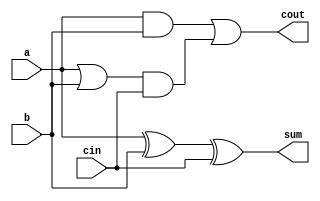
module cla_1bit(a, b, cin, sum, cout);
	input a, b;
	// c0, c
	input cin;
	output sum;
	output cout;
	
	wire temp1, temp2, temp3, temp4;
	
	// calculate sum for a, b, cin
	// sum = a + b + cin
	xor xor1(temp1, a, b);
	xor xor2(sum, temp1, cin);
	
	// calculate cout for a, b, cin
	// cout = a * b + (a + b) * cin
	and and1(temp2, a, b);
	or or1(temp3, a, b);
	and and2(temp4, temp3, cin);
	or or2(cout, temp2, temp4);
	
endmodule